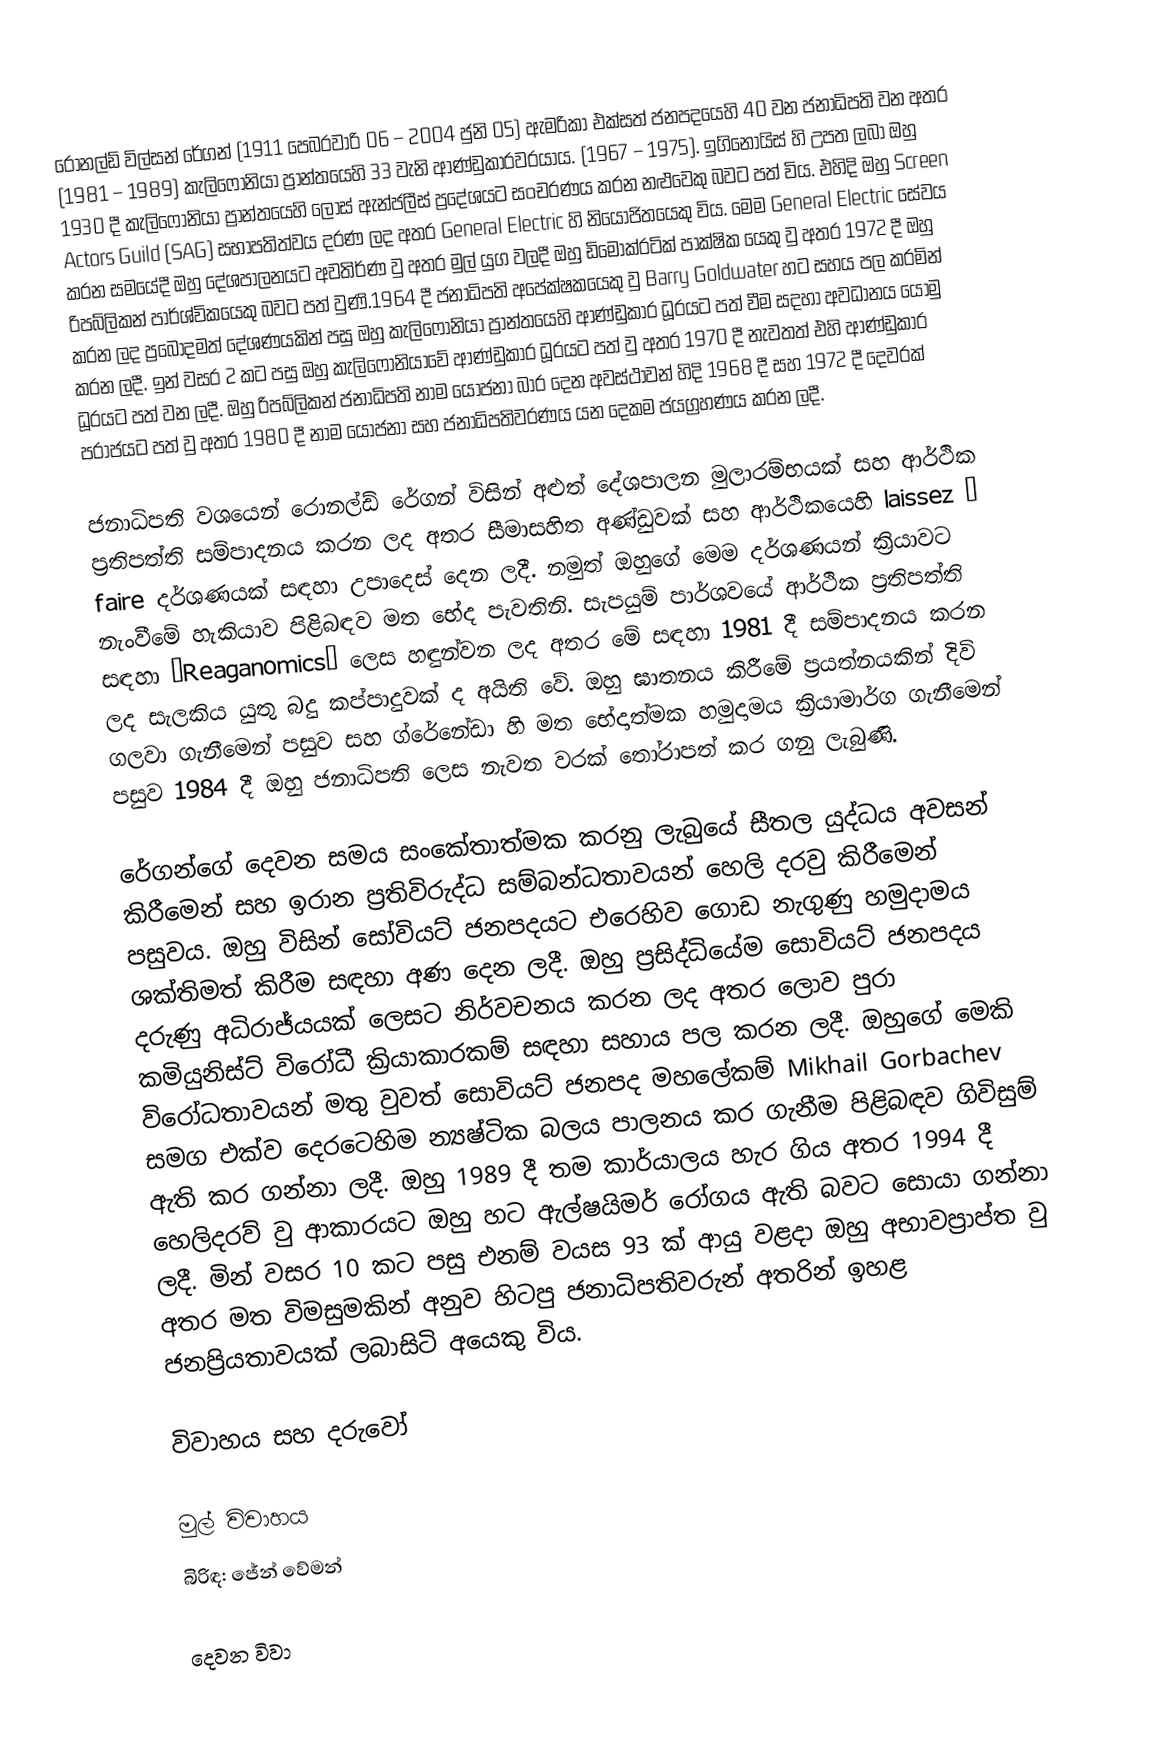
රොනල්ඩ් විල්සන් රේගන් (1911 පෙබරවාරි 06 – 2004 ජුනි 05) ඇමරිකා එක්සත් ජනපදයෙහි 40 වන ජනාධිපති වන අතර (1981 – 1989) කැලිෆෝනියා ප්‍රාන්තයෙහි 33 වැනි ආණ්ඩුකාරවරයාය. (1967 – 1975). ඉගිනොයිස් හි උපත ලබා ඔහු 1930 දී කැලිෆෝනියා ප්‍රාන්තයෙහි ලොස් ඇන්ජලීස් ප්‍රදේශයට සංචරණය කරන නළුවෙකු බවට පත් විය. එහිදි ඔහු Screen Actors Guild (SAG) සභාපතිත්වය දරණ ලද අතර General Electric හි නියෝජිතයෙකු විය. මෙම General Electric සේවය කරන සමයේදී ඔහු දේශපාලනයට අවතිර්ණ වු අතර මුල් යුග වලදී ඔහු ඩිමොක්රටික් පාක්ෂික යෙකු වු අතර 1972 දී ඔහු රිපබ්ලිකන් පාර්ශ්විකයෙකු බවට පත් වුණි.1964 දී ජනාධිපති අපේක්ෂකයෙකු වු Barry Goldwater හට සහය පල කරමින් කරන ලද ප්‍රබෝදමත් දේශණයකින් පසු ඔහු කැලිෆෝනියා ප්‍රාන්තයෙහි ආණ්ඩුකාර ධූරයට පත් වීම සදහා අවධානය යොමු කරන ලදී. ඉන් වසර 2 කට පසු ඔහු කැලිෆෝනියාවේ ආණ්ඩුකාර ධූරයට පත් වු අතර 1970 දී නැවතත් එහි ආණ්ඩුකාර ධූරයට පත් වන ලදී. ඔහු රිපබ්ලිකන් ජනාධිපති නාම යෝජනා බාර දෙන අවස්ථාවන් හිදි 1968 දී සහ 1972 දී දෙවරක් පරාජයට පත් වු අතර 1980 දී නාම යෝජනා සහ ජනාධිපතිවරණය යන දෙකම ජයග්‍රහණය කරන ලදී.

ජනාධිපති වශයෙන් රොනල්ඩ් රේගන් විසින් අළුත් දේශපාලන මුලාරම්භයක් සහ ආර්ථික ප්‍රතිපත්ති සම්පාදනය කරන ලද අතර සීමාසහිත අණ්ඩුවක් සහ ආර්ථිකයෙහි laissez – faire දර්ශණයක් සඳහා උපාදෙස් දෙන ලදී. නමුත් ඔහුගේ මෙම දර්ශණයන් ක්‍රියාවට නැංවීමේ හැකියාව පිළිබඳව මත භේද පැවතිනි. සැපයුම් පාර්ශවයේ ආර්ථික ප්‍රතිපත්ති සඳහා “Reaganomics” ලෙස හඳුන්වන ලද අතර මේ සඳහා 1981 දී සම්පාදනය කරන ලද සැලකිය යුතු බදු කප්පාදුවක් ද අයිති වේ. ඔහු ඝාතනය කිරීමේ ප්‍රයත්නයකින් දිවි ගලවා ගැනීමෙන් පසුව සහ ග්රේනේඩා හි මත භේදාත්මක හමුදාමය ක්‍රියාමාර්ග ගැනීමෙන් පසුව 1984 දී ඔහු ජනාධිපති ලෙස නැවත වරක් තෝරාපත් කර ගනු ලැබුණි.

රේගන්ගේ දෙවන සමය සංකේතාත්මක කරනු ලැබුයේ සීතල යුද්ධය අවසන් කිරීමෙන් සහ ඉරාන ප්‍රතිවිරුද්ධ සම්බන්ධතාවයන් හෙලි දරවු කිරීමෙන් පසුවය. ඔහු විසින් සෝවියට් ජනපදයට එරෙහිව ගොඩ නැගුණු හමුදාමය ශක්තිමත් කිරීම සඳහා අණ දෙන ලදී. ඔහු ප්‍රසිද්ධියේම සොවියට් ජනපදය දරුණු අධිරාජ්යයක් ලෙසට නිර්වචනය කරන ලද අතර ලොව පුරා කමියුනිස්ට් විරෝධී ක්‍රියාකාරකම් සඳහා සහාය පල කරන ලදී. ඔහුගේ මෙකි විරෝධතාවයන් මතු වුවත් සොවියට් ජනපද මහලේකම් Mikhail Gorbachev සමග එක්ව දෙරටෙහිම න්‍යෂ්ටික බලය පාලනය කර ගැනීම පිළිබඳව ගිවිසුම් ඇති කර ගන්නා ලදී. ඔහු 1989 දී තම කාර්යාලය හැර ගිය අතර 1994 දී හෙලිදරව් වු ආකාරයට ඔහු හට ඇල්ෂයිමර් රෝගය ඇති බවට සොයා ගන්නා ලදී. මින් වසර 10 කට පසු එනම් වයස 93 ක් ආයු වළදා ඔහු අභාවප්‍රාප්ත වු අතර මත විමසුමකින් අනුව හිටපු ජනාධිපතිවරුන් අතරින් ඉහළ ජනප්‍රියතාවයක් ලබාසිටි අයෙකු විය.

විවාහය සහ දරුවෝ

මුල් විවාහය
බිරිඳ: ජේන් වේමන්

දෙවන විවා